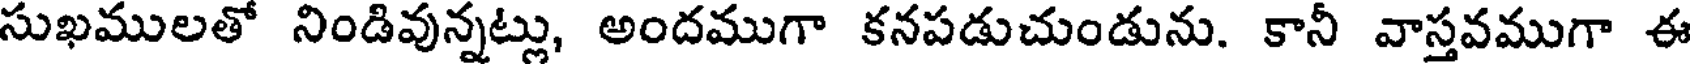
సుఖములతో నిండివున్నట్లు, అందముగా కనపడుచుండును. కానీ వాస్తవముగా ఈ